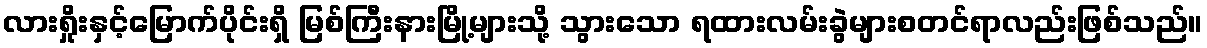
လားရှိုးနှင့်မြောက်ပိုင်းရှိ မြစ်ကြီးနားမြို့များသို့ သွားသော ရထားလမ်းခွဲများစတင်ရာလည်းဖြစ်သည်။